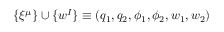
\{ \xi ^ { \mu } \} \cup \{ w ^ { I } \} \equiv ( q _ { 1 } , q _ { 2 } , \phi _ { 1 } , \phi _ { 2 } , w _ { 1 } , w _ { 2 } )